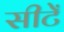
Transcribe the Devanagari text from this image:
सीटेँ